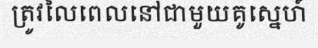
ត្រូវលៃពេលនៅជាមួយគូស្នេហ៍